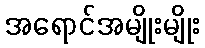
အရောင်အမျိုးမျိုး